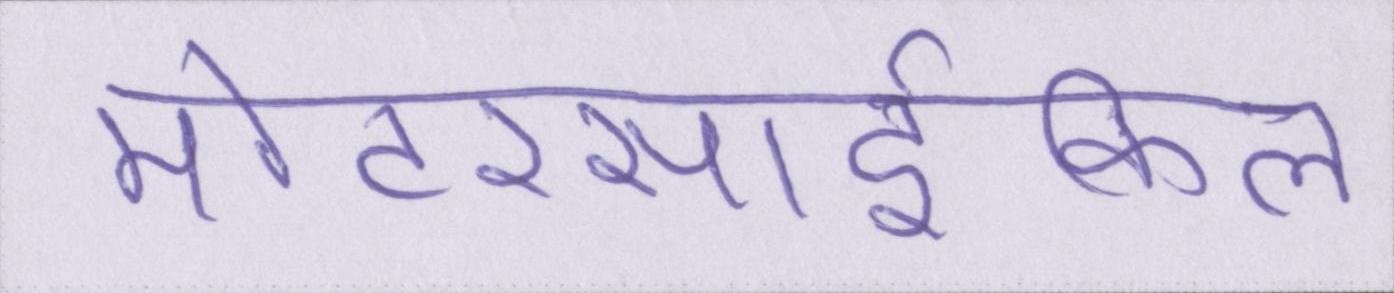
मोटरसार्इकिल